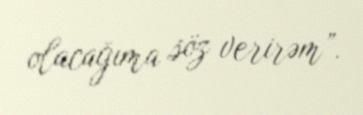
olacağıma söz verirəm”.